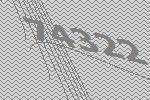
74322